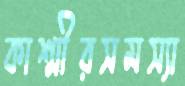
কাশ্মীরসমস্যা